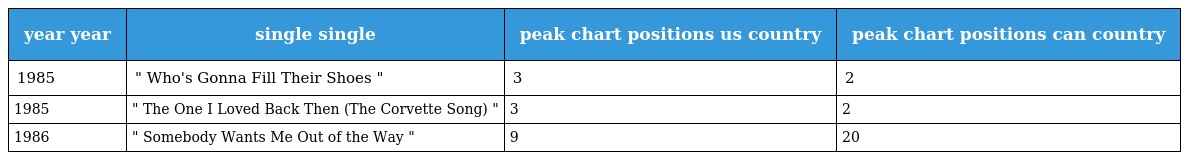
| year year | single single | peak chart positions us country | peak chart positions can country |
 | --- | --- | --- | --- |
 | 1985 | " Who's Gonna Fill Their Shoes " | 3 | 2 |
 | 1985 | " The One I Loved Back Then (The Corvette Song) " | 3 | 2 |
 | 1986 | " Somebody Wants Me Out of the Way " | 9 | 20 |